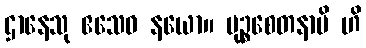
ဌာနေသု ဧသေဝ နယော။ မုဉ္စစေတနာပိ ဟိ